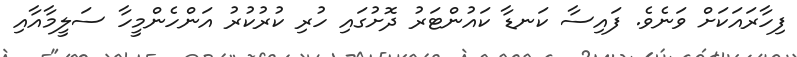
ފިހާރައަކަށް ވަނެވެ. ފައިސާ ކަނޑާ ކައުންޓަރު ދޮށުގައި ހުރި ކުރުކުރު އަންހެންމީހާ ސަލީމާއާއި